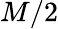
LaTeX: M/2